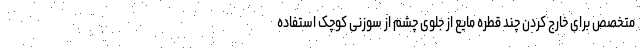
متخصص برای خارج کردن چند قطره مایع از جلوی چشم از سوزنی کوچک استفاده